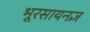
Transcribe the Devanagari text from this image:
भूरसायनज्ञ